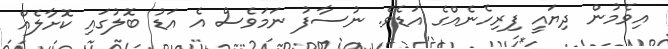
އިވެމުން ދިޔައީ ފިރިހެނެއްގެ އަޑެވެ. ނުސާފު ނަމަވެސް އެ އަޑު ބޮލުގައި ކޮށާލެއް